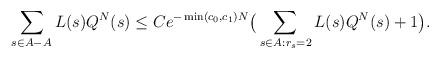
LaTeX: \begin{align*}\sum_{s\in A-A_{}}L(s)Q^N(s)\le Ce^{-\min(c_0,c_1)N}\big(\sum_{s\in A_{}:r_s=2}L(s)Q^N(s)+1\big) .\end{align*}